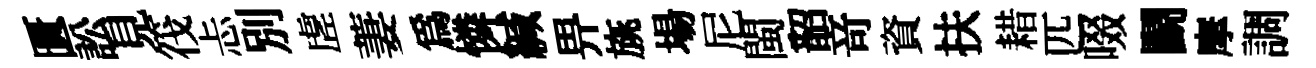
匱訟見筏忐別虗萋為憐緘畀旐場尼閩韶竒資扶耤匹啜鬬摩調